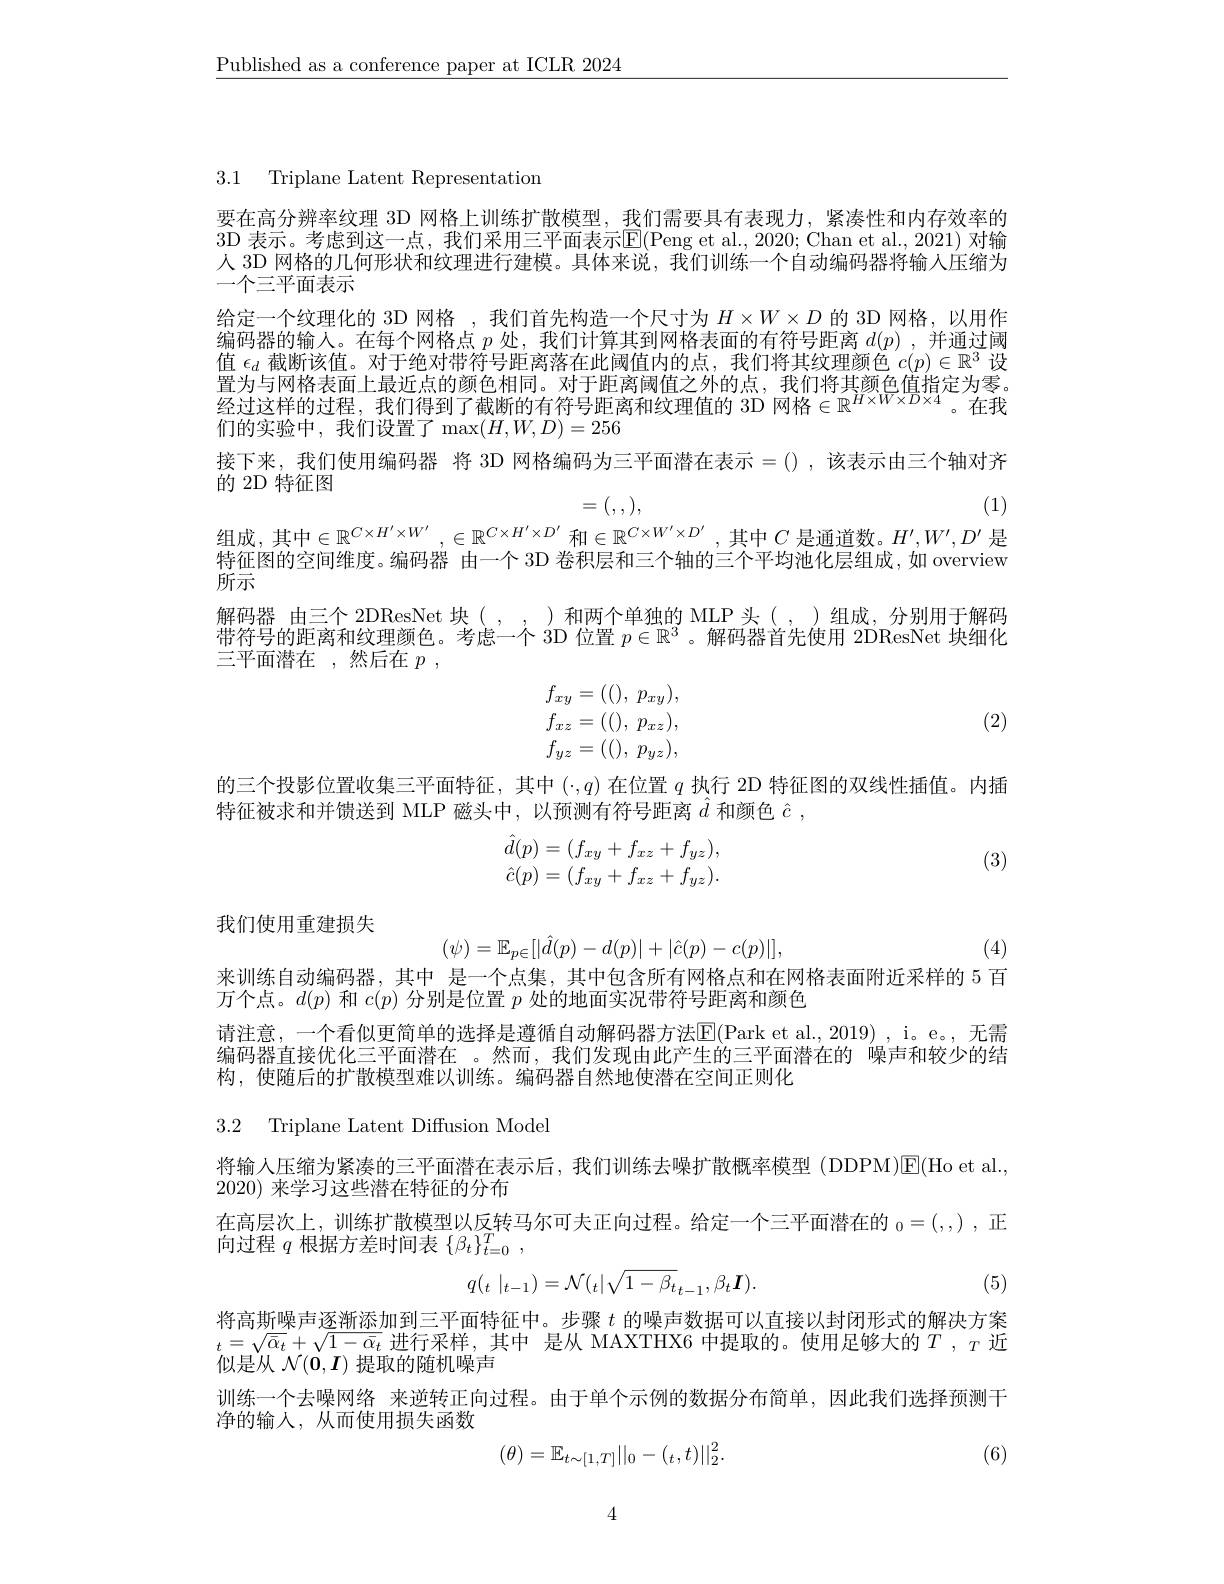
$\underline{\text{Published as a conference paper at ICLR 2024}}$

3.1 Triplane Latent Representation

要在高分辨率纹理 3D 网格上训练扩散模型，我们需要具有表现力，紧凑性和内存效率的3D 表示。考虑到这一点，我们采用三平面表示E(Peng et al.,2020;Chan et al.,2021) 对输人 3D 网格的几何形状和纹理进行建模。具体来说，我们训练一个自动编码器将输入压缩为一个三平面表示
给定一个纹理化的 3D 网格 ,我们首先构造一个尺寸为$H\times W\times D$的 3D 网格，以用作编码器的输人。在每个网格点$p$处，我们计算其到网格表面的有符号距离$d(p)$ ,并通过阈值$\epsilon_d$截断该值。对于绝对带符号距离落在此阈值内的点，我们将其纹理颜色$c(p)\in\mathbb{R}^3$设置为与网格表面上最近点的颜色相同。对千距离阈值之外的点，我们将其颜色值指定为零经过这样的过程，我们得到了截断的有符号距离和纹理值的 3D 网格$\in\mathbb{R}^H\times W\times D\times4$。在我们的实验中，我们设置了$\max(H,W,D)=256$
接下来，我们使用编码器 将 3D 网格编码为三平面潜在表示=() ,该表示由三个轴对齐
的 2D 特征图

=(,,),

(1)

特征图的空间维度。编码器 由一个 3D 卷积层和三个轴的三个平均池化层组成，如 overview
所示

组成，其中$\in\mathbb{R}^C\times H^{\prime}\times W^{\prime},\in\mathbb{R}^{C\times H^{\prime}\times D^{\prime}}$和$\in\mathbb{R}^C\times W^{\prime}\times D^{\prime}$,其中$C$是通道数。$H^\prime,W^{\prime},D^{\prime}$是解码器 由三个 2DResNet 块( , , )和两个单独的 MLP头( , )组成，分别用于解码带符号的距离和纹理颜色。考虑一个 3D 位置$p\in\mathbb{R}^3$ 。解码器首先使用 2DResNet 块细化三平面潜在 ,然后在$p$,
$$\begin{aligned}f_{xy}&=((),\:p_{xy}),\\f_{xz}&=((),\:p_{xz}),\\f_{yz}&=((),\:p_{yz}),\end{aligned}$$
(2)

的三个投影位置收集三平面特征，其中$(\cdot,q)$在位置$q$执行 2D 特征图的双线性插值。内插
特征被求和并馈送到 MLP 磁头中，以预测有符号距离$\hat{d}$和颜色$\hat{c}$ ,

(3)
$$\begin{array}{l}\hat{d}(p)=(f_{xy}+f_{xz}+f_{yz}),\\\hat{c}(p)=(f_{xy}+f_{xz}+f_{yz}).\end{array}$$
我们使用重建损失
$$(\psi)=\mathbb{E}_{p\in}[|\hat{d}(p)-d(p)|+|\hat{c}(p)-c(p)|],$$
(4)

来训练自动编码器，其中 是一个点集，其中包含所有网格点和在网格表面附近采样的 5 百
万个点。$d(p)$和$c(p)$分别是位置$p$处的地面实况带符号距离和颜色
请注意，一个看似更简单的选择是遵循自动解码器方法$\overline{\mathrm{E}}($Park et al.,2019), i。e。, 无需编码器直接优化三平面潜在 。然而，我们发现由此产生的三平面潜在的 噪声和较少的结构，使随后的扩散模型难以训练。编码器自然地使潜在空间正则化

3.2 Triplane Latent Diffusion Model

将输入压缩为紧凑的三平面潜在表示后，我们训练去噪扩散概率模型 (DDPM)$\boxed{\mathrm{E}}($Ho et al.,
2020)来学习这些潜在特征的分布
在高层次上，训练扩散模型以反转马尔可夫正向过程。给定一个三平面潜在的$_0=(,,)$,正
向过程$q$根据方差时间表$\{\beta_t\}_t=0^T$,
$$q(t\mid_{t-1})=\mathcal{N}(_t|\sqrt{1-\beta_{t_{t-1}}},\beta_t\boldsymbol{I}).$$
(5)

将高斯噪声逐渐添加到三平面特征中。步骤$t$的噪声数据可以直接以封闭形式的解决方案$t=\sqrt{\bar{\alpha}_t}+\sqrt{1-\bar{\alpha}_t}$进行采样，其中 是从 MAXTHX6 中提取的。使用足够大的$T,T$近似是从$\mathcal{N}(\mathbf{0},\boldsymbol{I})$提取的随机噪声
训练一个去噪网络 来逆转正向过程。由于单个示例的数据分布简单，因此我们选择预测干
净的输入，从而使用损失函数
$$(\theta)=\mathbb{E}_{t\sim[1,T]}||_0-(_t,t)||_2^2.$$
(6)

4